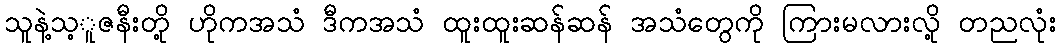
သူနဲ့သ့ူဇနီးတို့ ဟိုကအသံ ဒီကအသံ ထူးထူးဆန်ဆန် အသံတွေကို ကြားမလားလို့ တညလုံး